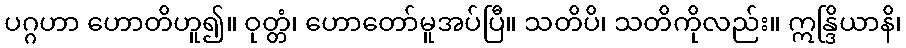
ပဂ္ဂဟာ ဟောတိဟူ၍။ ဝုတ္တံ၊ ဟောတော်မူအပ်ပြီ။ သတိပိ၊ သတိကိုလည်း။ ဣန္ဒြိယာနိ၊